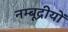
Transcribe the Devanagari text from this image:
नम्बूद्रीयों